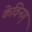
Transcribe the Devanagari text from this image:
केविनग्